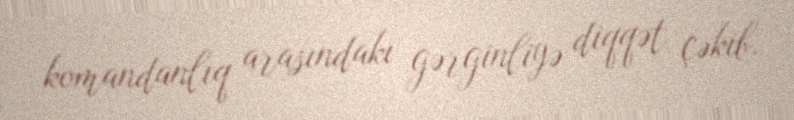
komandanlıq arasındakı gərginliyə diqqət çəkib.